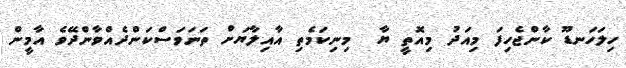
ހިލަހަނޑޫ ކާންޖެހިފަ މިއަދު މިއޮތީ ޔާ  މިނިކަމެތި އާއިލާޔަށް ތަނަވަސްކަންދެއްވާންދޭވެ އާމީން